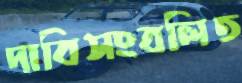
দাবিসংবলিত